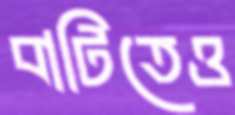
বাটিতেও